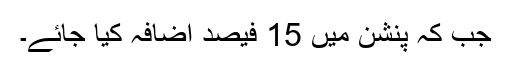
جب کہ پنشن میں 15 فیصد اضافہ کیا جائے۔